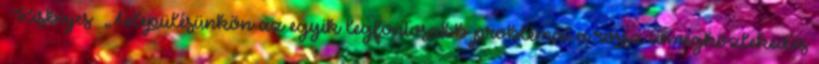
▪Kisbajcs ▪„Településünkön az egyik legfontosabb problémát a rossz tömegközlekedés